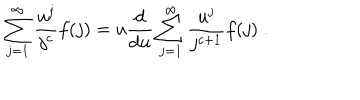
\sum _ { j = 1 } ^ { \infty } \frac { u ^ { j } } { j ^ { c } } f ( j ) = u \frac { \mathrm { d } } { \mathrm { d } u } \sum _ { j = 1 } ^ { \infty } \frac { u ^ { j } } { j ^ { c + 1 } } f ( j ) \; .